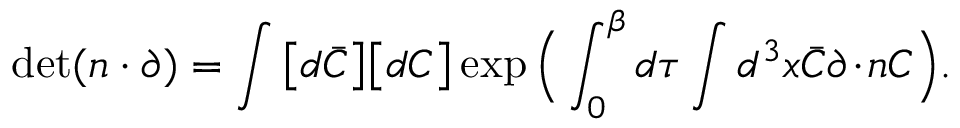
\operatorname * { d e t } ( n \cdot \partial ) = \int \big [ d \bar { C } \big ] \big [ d C \big ] \exp \Big ( \int _ { 0 } ^ { \beta } d \tau \int d ^ { 3 } x \bar { C } \partial \! \cdot \! n C \Big ) .